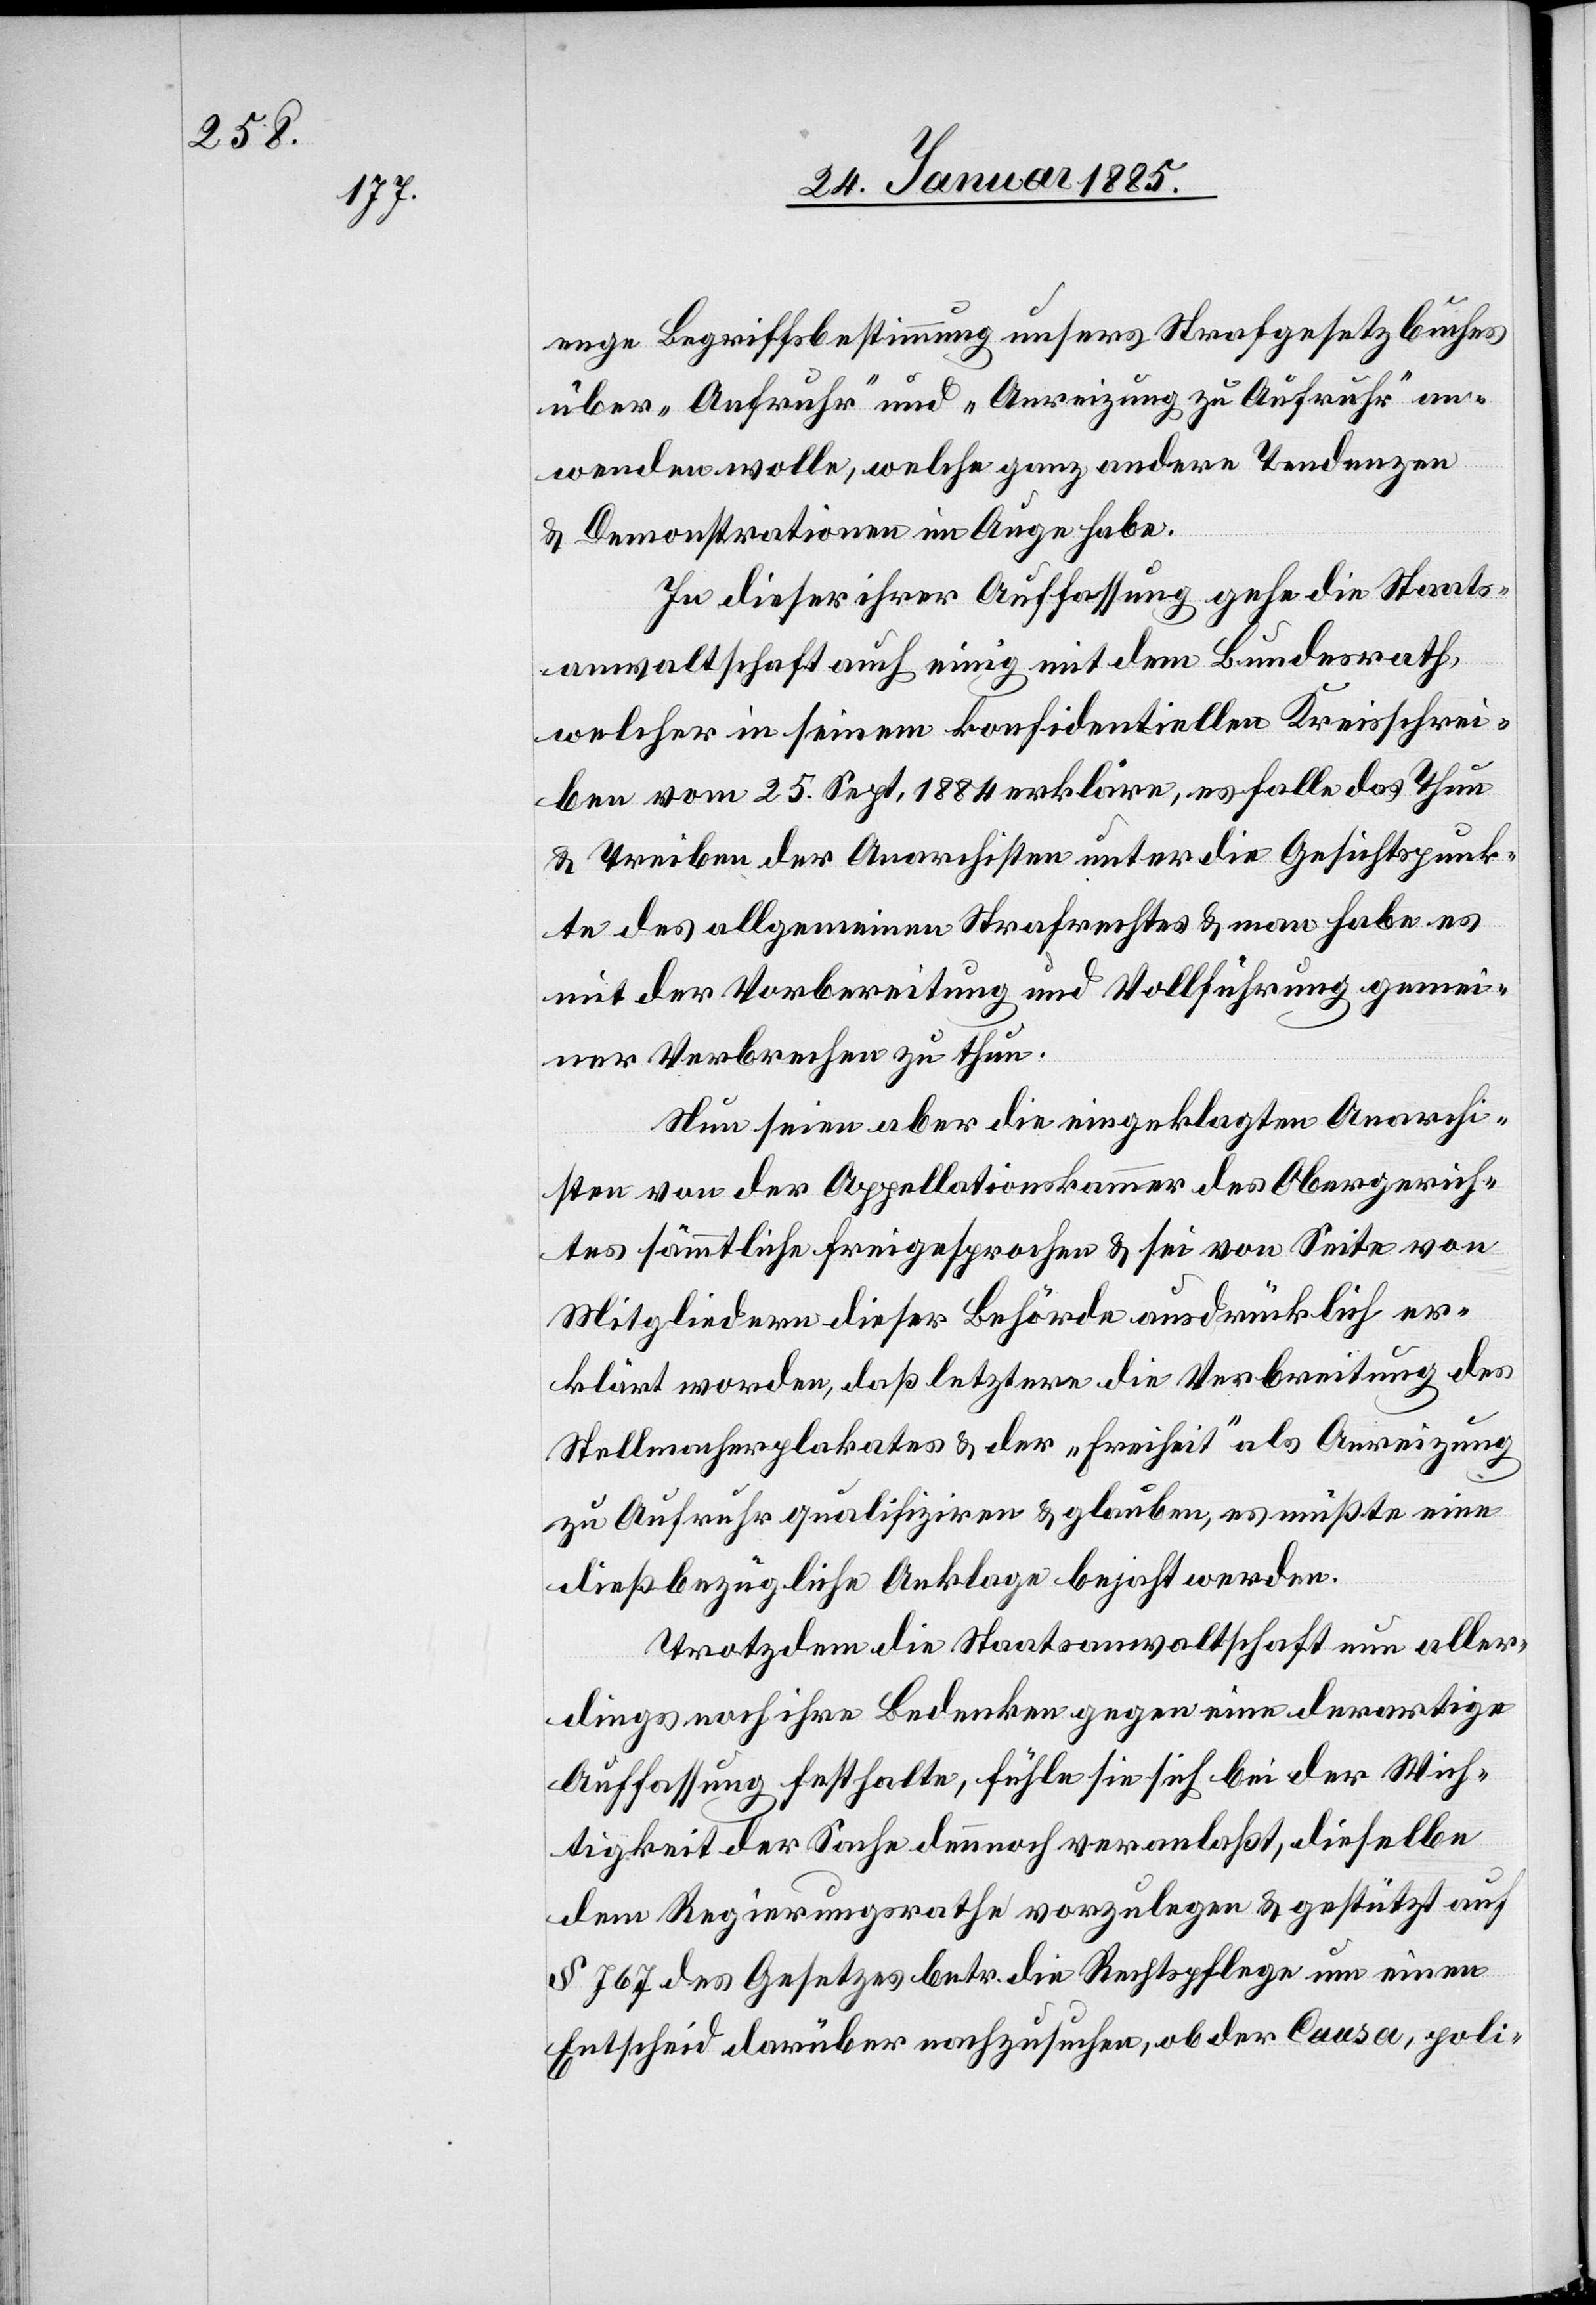
enge Begriffsbestimmung unsers Strafgesetzbuches
über „Aufruhr“ und „Anreizung zu Aufruhr“ an¬
wenden wolle, welche ganz andere Tendenzen
& Demonstrationen im Auge habe.
In dieser ihrer Auffassung gehe die Staats¬
anwaltschaft auch einig mit dem Bundesrath,
welcher in seinem konfidentiellen Kreisschrei¬
ben vom 25. Sept. 1884 erkläre, es falle das Thun
& Treiben der Anarchisten unter die Gesichtspunk¬
te des allgemeinen Strafrechtes & man habe es
mit der Vorbereitung und Vollführung gemei¬
ner Verbrechen zu thun.
Nun seien aber die eingeklagten Anarchi¬
sten von der Appellationskammer des Obergerich¬
tes sämmtliche freigesprochen & sei von Seite von
Mitgliedern dieser Behörde ausdrücklich er¬
klärt worden, daß letztere die Verbreitung des
Stellmacherplakates & der „Freiheit“ als Anreizung
zu Aufruhr qualifiziren & glauben, es müßte eine
dießbezügliche Anklage bejaht werden.
Trotzdem die Staatsanwaltschaft nun aller¬
dings noch ihre Bedenken gegen eine derartige
Auffassung festhalte, fühle sie sich bei der Wich¬
tigkeit der Sache dennoch veranlaßt, dieselbe
dem Regierungsrath vorzulegen & gestützt auf
§ 767 des Gesetzes betr. die Rechtspflege um einen
Entscheid darüber nachzusuchen, ob der Causa, poli-